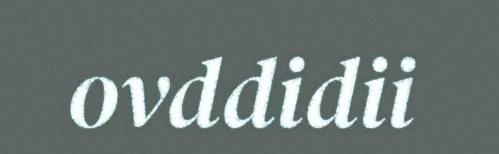
ovddidii